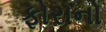
ફોરાનો